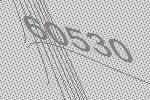
60530